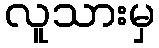
လူသားမှ